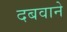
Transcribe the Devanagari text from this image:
दबवाने